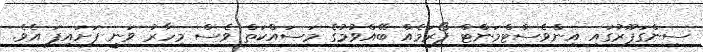
ސިންގަޕޫރުގައި އިންވެސްޓްމަންޓް ފޯރަމެއް ބޭއްވުމުގެ މަސައްކަތް ވެސް މިހާރު ވަނީ ފަށައިފަ އެވެ.